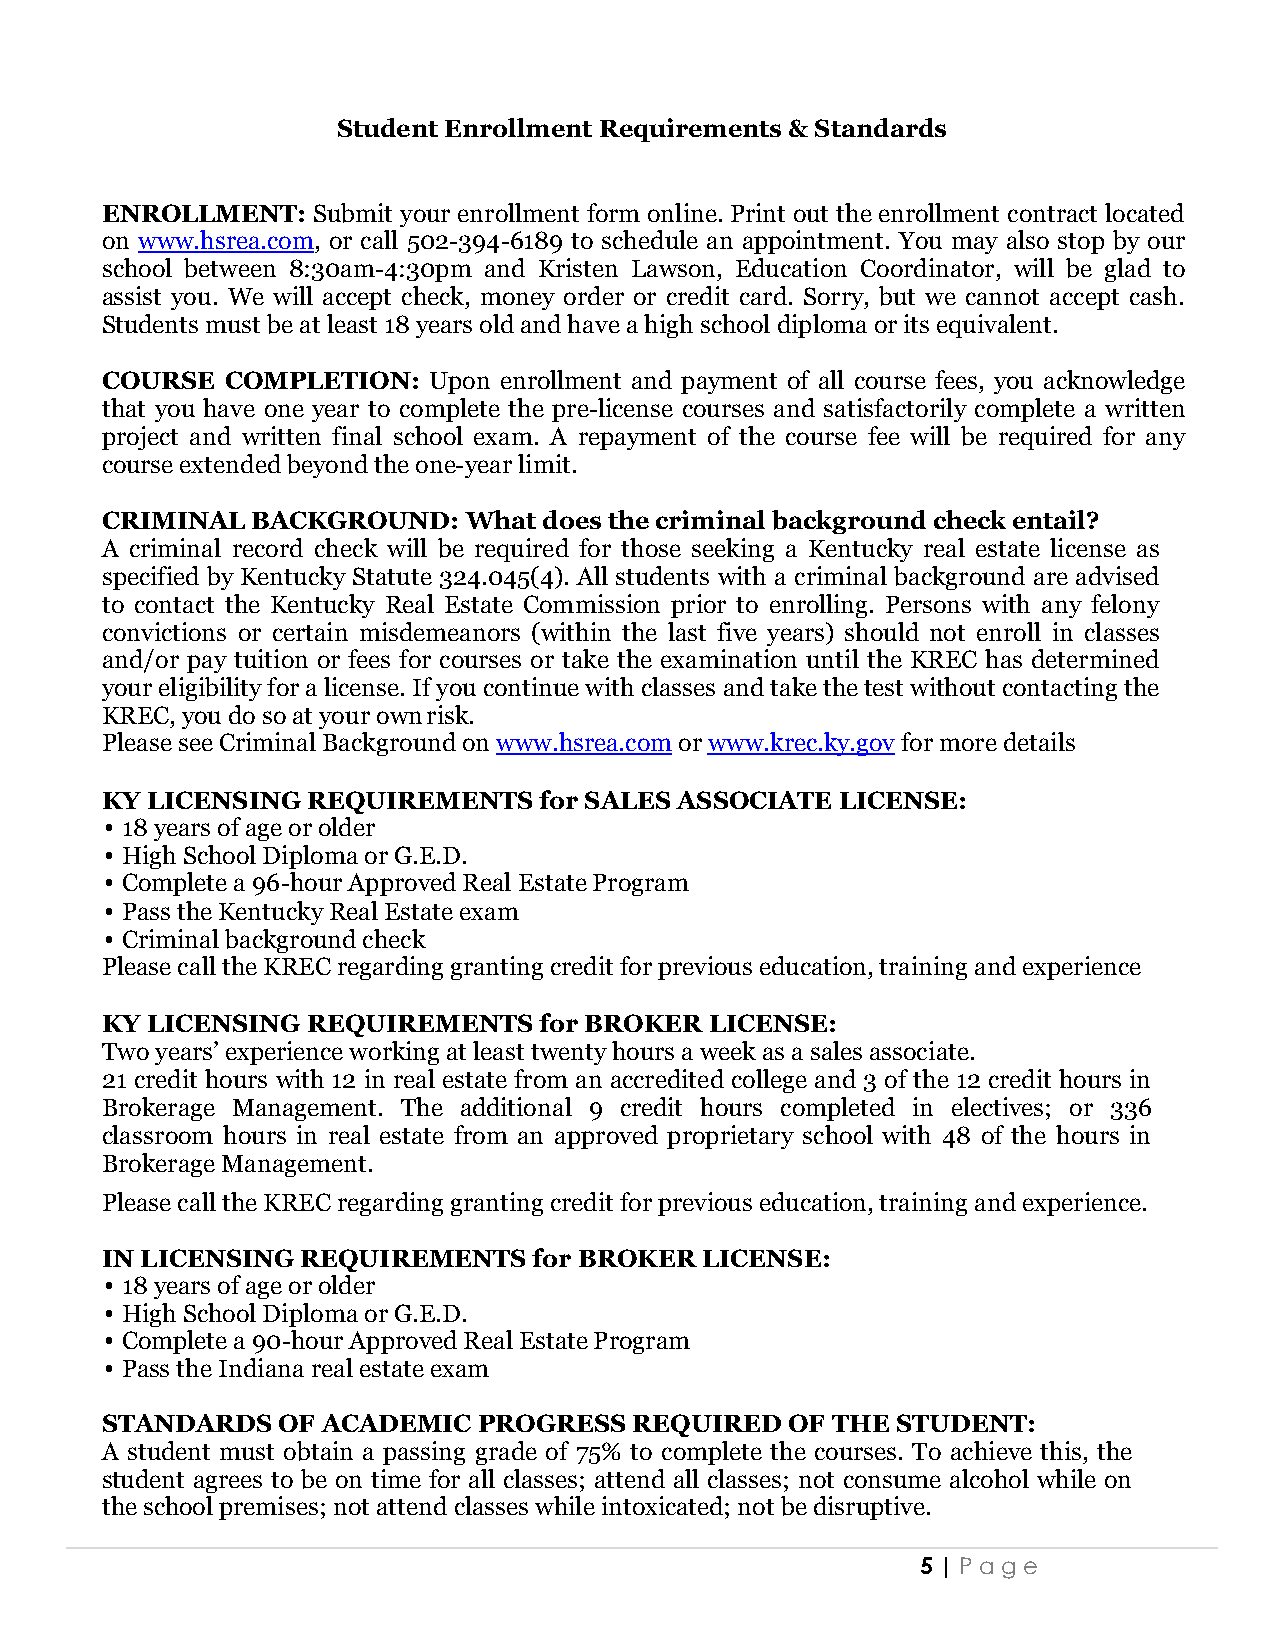
Student Enrollment Requirements & Standards
 ENROLLMENT:   Submit your enrollment form online. Print out the enrollment contract located
 on www.hsrea.com, or call 502-394-6189 to schedule an appointment. You may also stop by our
 school between 8:30am-4:30pm and Kristen Lawson, Education Coordinator, will be glad to
 assist you. We will accept check, money order or credit card. Sorry, but we cannot accept cash.
 Students must be at least 18 years old and have a high school diploma or its equivalent.
 COURSE  COMPLETION:  Upon enrollment and payment of all course fees, you acknowledge
 that you have one year to complete the pre-license courses and satisfactorily complete a written
 project and written final school exam. A repayment of the course fee will be required for any
 course extended beyond the one-year limit.
 CRIMINAL  BACKGROUND:   What does the criminal background check entail?
 A criminal record check will be required for those seeking a Kentucky real estate license as
 specified by Kentucky Statute 324.045(4). All students with a criminal background are advised
 to contact the Kentucky Real Estate Commission prior to enrolling. Persons with any felony
 convictions or certain misdemeanors (within the last five years) should not enroll in classes
 and/or pay tuition or fees for courses or take the examination until the KREC has determined
 your eligibility for a license. If you continue with classes and take the test without contacting the
 KREC, you do so at your own risk.
 Please see Criminal Background on www.hsrea.com or www.krec.ky.gov for more details
 KY LICENSING REQUIREMENTS    for SALES ASSOCIATE LICENSE:
 • 18 years of age or older
 • High School Diploma or G.E.D.
 • Complete a 96-hour Approved Real Estate Program
 • Pass the Kentucky Real Estate exam
 • Criminal background check
 Please call the KREC regarding granting credit for previous education, training and experience
 KY LICENSING REQUIREMENTS    for BROKER LICENSE:
 Two years’ experience working at least twenty hours a week as a sales associate.
 21 credit hours with 12 in real estate from an accredited college and 3 of the 12 credit hours in
 Brokerage Management. The additional 9 credit hours completed in electives; or 336
 classroom hours in real estate from an approved proprietary school with 48 of the hours in
 Brokerage Management.
 Please call the KREC regarding granting credit for previous education, training and experience.
 IN LICENSING REQUIREMENTS   for BROKER LICENSE:
 • 18 years of age or older
 • High School Diploma or G.E.D.
 • Complete a 90-hour Approved Real Estate Program
 • Pass the Indiana real estate exam
 STANDARDS  OF ACADEMIC   PROGRESS  REQUIRED  OF THE STUDENT:
 A student must obtain a passing grade of 75% to complete the courses. To achieve this, the
 student agrees to be on time for all classes; attend all classes; not consume alcohol while on
 the school premises; not attend classes while intoxicated; not be disruptive.
 5 | Pag e